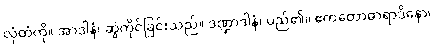
လှံတံကို။ အာဒါနံ၊ ဆွဲကိုင်ခြင်းသည်။ ဒဏ္ဍာဒါနံ၊ မည်၏။ ဧကတောဓာရာဒိနော၊